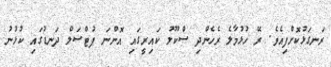
ރަނގަޅުކޮށްފިއެވެ. ރޭ ހުޅުމާލެ ރެހެންދި ސްކޫލު ކައިރީގައި އޮންނަ ފުޓްސަލް ދަނޑުގައި ކުޅުނު